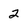
Character: 2